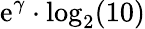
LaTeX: \mathrm{e}^{\gamma}\cdot\log_{2}(10)